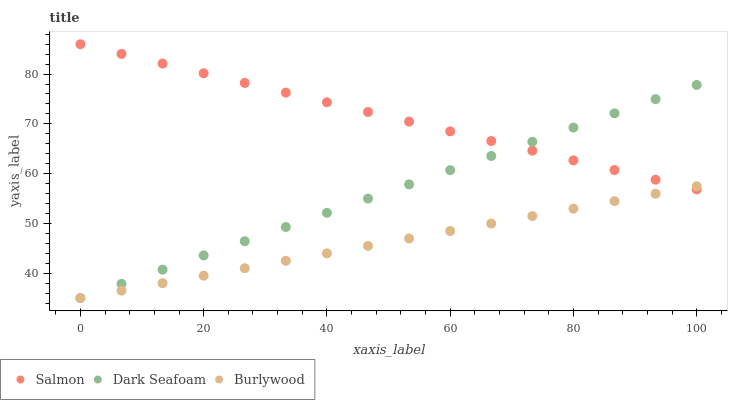
| xaxis_label | Salmon | Dark Seafoam | Burlywood |
 | --- | --- | --- | --- |
 | 0 | 86 | 35 | 35 |
 | 6.67 | 84.1 | 37.9 | 36.5 |
 | 13.3 | 82.1 | 40.7 | 38 |
 | 20 | 80.2 | 43.6 | 39.5 |
 | 26.7 | 78.2 | 46.4 | 41 |
 | 33.3 | 76.3 | 49.3 | 42.5 |
 | 40 | 74.3 | 52.1 | 44 |
 | 46.7 | 72.4 | 55 | 45.5 |
 | 53.3 | 70.4 | 57.8 | 47 |
 | 60 | 68.5 | 60.7 | 48.5 |
 | 66.7 | 66.6 | 63.5 | 50 |
 | 73.3 | 64.6 | 66.4 | 51.5 |
 | 80 | 62.7 | 69.3 | 53 |
 | 86.7 | 60.7 | 72.1 | 54.5 |
 | 93.3 | 58.8 | 75 | 56 |
 | 100 | 56.8 | 77.8 | 57.5 |